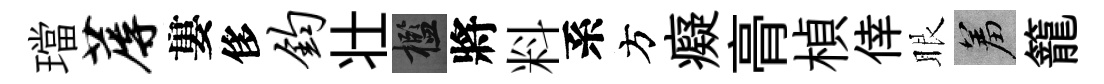
璫蓐婁侈钧壮檻將料系方癡𮌔楨倖眼羞籠